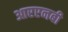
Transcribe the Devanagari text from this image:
आरएनबी